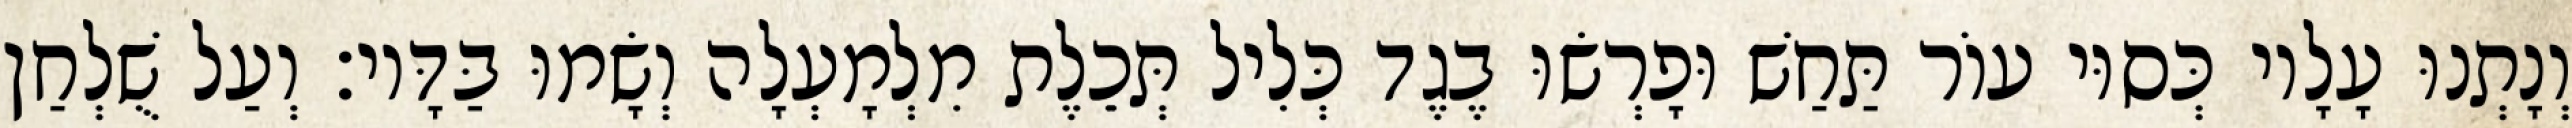
וְנָתְנוּ עָלָיו כְּסוּי עוֹר תַּחַשׁ וּפָרְשׂוּ בֶגֶד כְּלִיל תְּכֵלֶת מִלְמָעְלָה וְשָׂמוּ בַּדָּיו׃ וְעַל שֻׁלְחַן